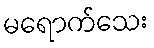
မရောက်သေး